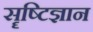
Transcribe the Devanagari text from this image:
सॄष्टिज्ञान